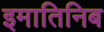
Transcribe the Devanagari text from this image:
इमातिनिब